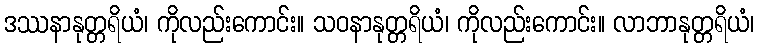
ဒဿနာနုတ္တရိယံ၊ ကိုလည်းကောင်း။ သဝနာနုတ္တရိယံ၊ ကိုလည်းကောင်း။ လာဘာနုတ္တရိယံ၊